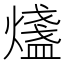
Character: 𤐒